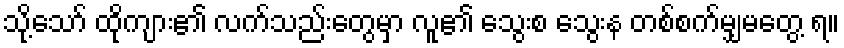
သို့သော် ထိုကျား၏ လက်သည်းတွေမှာ လူ၏ သွေးစ သွေးန တစ်စက်မျှမတွေ့ ရ။